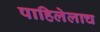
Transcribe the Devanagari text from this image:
पाहिलेलाच